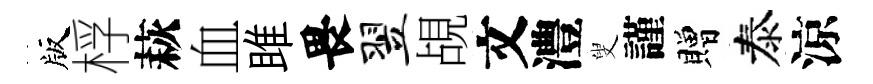
版桴萩血雎畏翌覘文澧叟謹贈泰涼